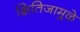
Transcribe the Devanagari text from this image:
क्षितिजामुळे